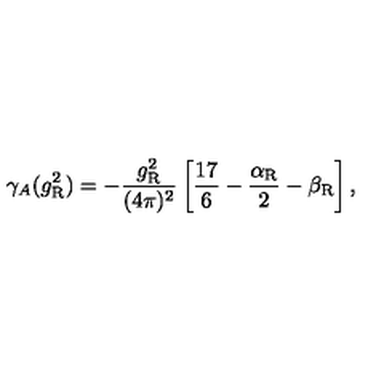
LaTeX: \gamma _ { A } ( g _ { \mathrm { R } } ^ { 2 } ) = - \frac { g _ { \mathrm { R } } ^ { 2 } } { ( 4 \pi ) ^ { 2 } } \left[ \frac { 1 7 } 6 - \frac { \alpha _ { \mathrm { R } } } 2 - \beta _ { \mathrm { R } } \right] ,